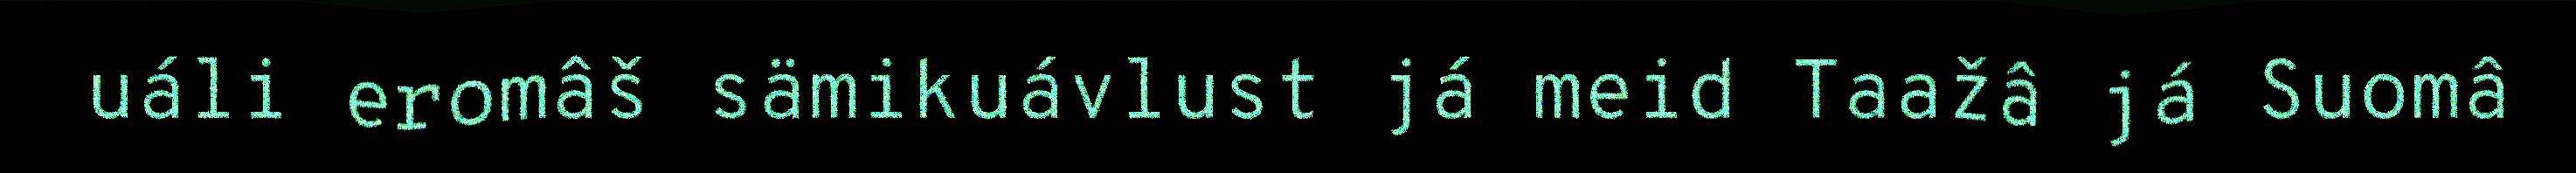
uáli eromâš sämikuávlust já meid Taažâ já Suomâ